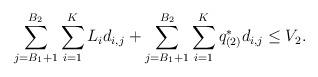
LaTeX: \begin{align*}\sum\limits_{j=B_{1}+1}^{B_{2}} \sum\limits_{i=1}^{K} {L}_i d_{i,j} + \sum\limits_{j=B_{1}+1}^{B_{2}}\sum\limits_{i=1}^K {q}^*_{\left(2\right)} d_{i,j} \leq V_2.\end{align*}